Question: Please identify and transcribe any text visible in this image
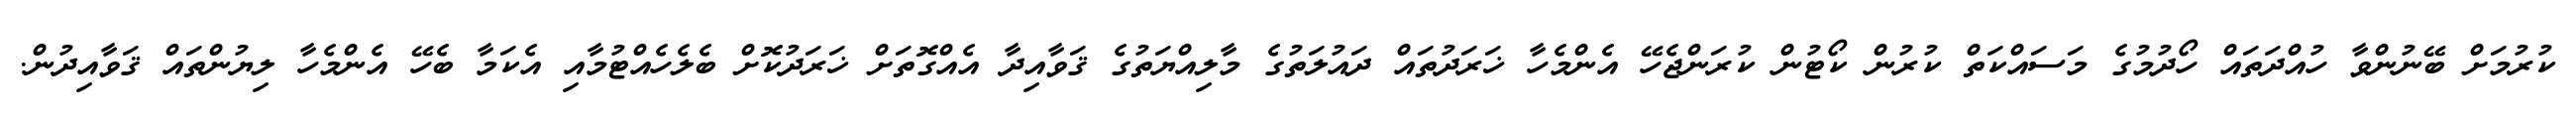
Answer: ކުރުމަށް ބޭނުންވާ ހުއްދަތައް ހޯދުމުގެ މަސައްކަތް ކުރުން ކޯޓުން ކުރަންޖެހޭ އެންމެހާ ޚަރަދުތައް ދައުލަތުގެ މާލިއްޔަތުގެ ޤަވާއިދާ އެއްގޮތަށް ޚަރަދުކޮށް ބެލެހެއްޓުމާއި އެކަމާ ބެހޭ އެންމެހާ ލިޔުންތައް ޤަވާއިދުން.